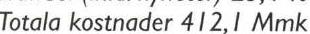
Totala kostnader 412,1 Mmk